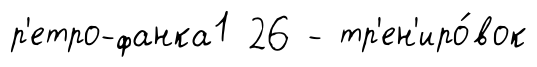
р'етро-фанка1 26 - тр'ен'иро́вок